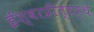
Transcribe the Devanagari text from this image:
ईश्वरप्रीत्यर्थ